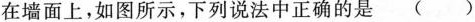
在墙面上，如图所示，下列说法中正确的是()